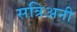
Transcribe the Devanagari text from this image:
सत्रिअनी